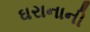
ઘરાનાની